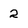
Character: 2